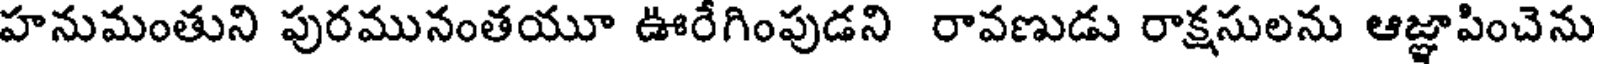
హనుమంతుని పురమునంతయూ ఊరేగింపుడని రావణుడు రాక్షసులను ఆజ్ఞాపించెను